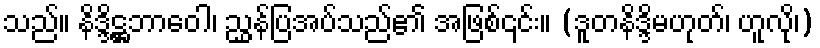
သည်။ နိဒ္ဒိဋ္ဌဘာဝေါ၊ ညွှန်ပြအပ်သည်၏ အဖြစ်၎င်း။ (ဒူတနိဒ္ဒိမဟုတ်၊ ဟူလို၊)